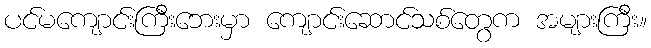
ပင်မကျောင်းကြီးဘေးမှာ ကျောင်းဆောင်သစ်တွေက အများကြီး။